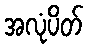
အလုံပိတ်